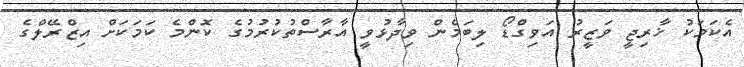
އެކަމަކު ޚާރިޖީ ވަޒީރު އަވިގްޑޯ ލިބަމެން ވިދާޅުވީ އާރާސްތުކުރުމުގެ ކޮންމެ ކަމަކަށް އިޒްރޭލްގެ